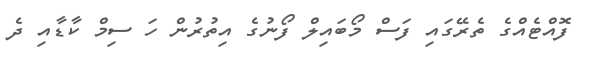
ފޮއްޓެއްގެ ތެރޭގައި ފަސް މޯބައިލް ފޯނުގެ އިތުރުން ހަ ސިމް ކާޑާއި ދެ